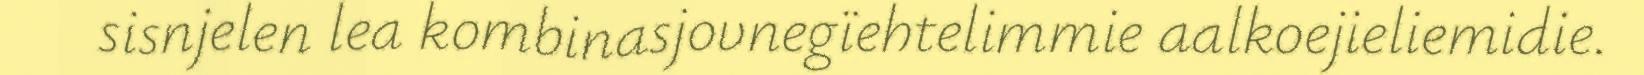
sisnjelen lea kombinasjovnegïehtelimmie aalkoejieliemidie.